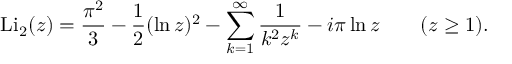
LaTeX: \operatorname { L i } _ { 2 } ( z ) = { \frac { \pi ^ { 2 } } { 3 } } - { \frac { 1 } { 2 } } ( \ln z ) ^ { 2 } - \sum _ { k = 1 } ^ { \infty } { \frac { 1 } { k ^ { 2 } z ^ { k } } } - i \pi \ln z \qquad ( z \geq 1 ) .